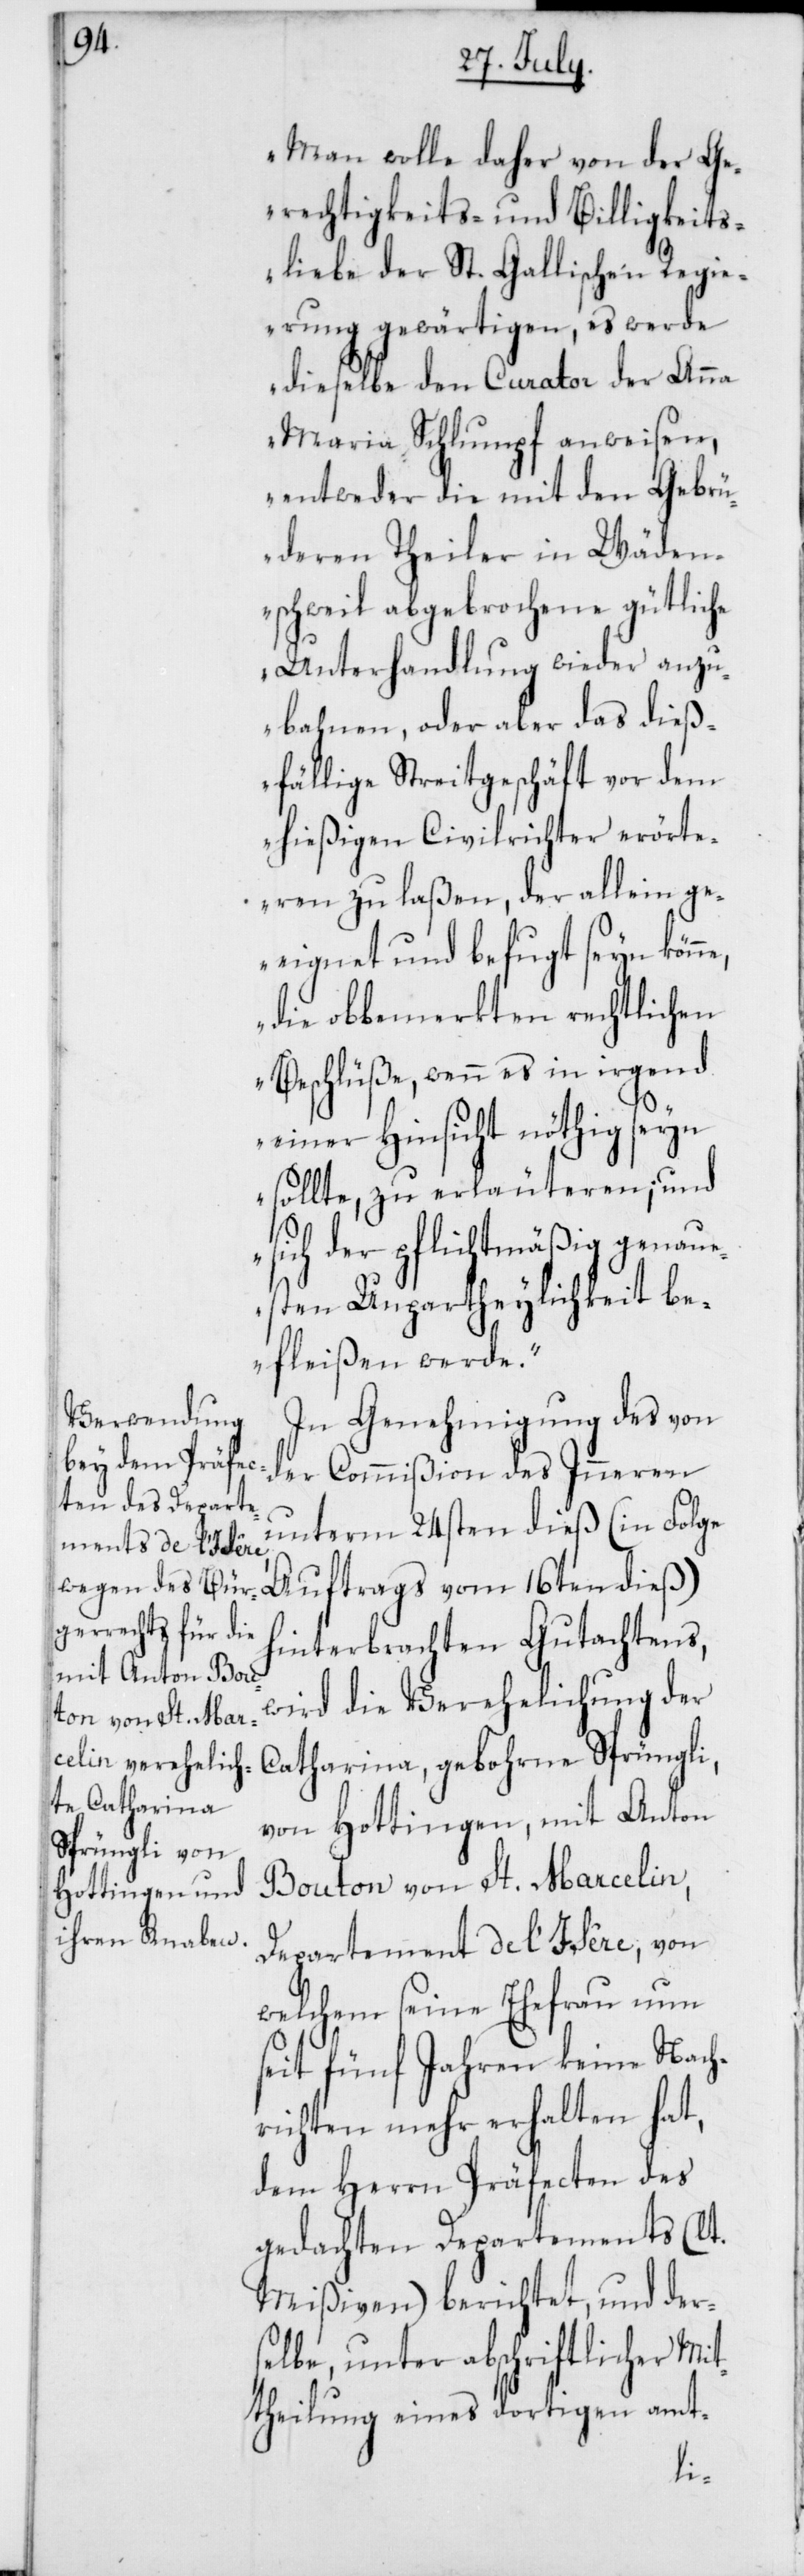
Man wolle daher von der Ge¬
rechtigkeits- und Billigkeits¬
liebe der St. Gallischen Regi¬
erung gewärtigen, es werde
dieselbe den Curator der Anna
Maria Schlumpf anweisen,
entweder die mit den Gebrü¬
deren Theiler in Wäden¬
schweil abgesprochene gütliche
Unterhandlung wieder anzu¬
bahnen, oder aber das dieß¬
fällige Streitgeschäft vor dem
hießigen Civilrichter erörte¬
ren zu laßen, der allein ge¬
eignet und befugt seyn könne,
die obbemerkten rechtlichen
Beschlüße, wenn es in irgend
einer Hinsicht nöthig seyn
sollte, zu erläuteren; und
sich der pflichtmäßig genaue¬
sten Unpartheylichkeit be¬
fleißen werde.“
In Genehmigung des von
der Commißion des Inneren
unterm 24sten dieß (in Folge
Auftrags vom 16ten dieß)
hinterbrachten Gutachtens,
wird die Verehelichung der
Catharina, gebohrne Sprüngli,
von Hottingen, mit Anton
Bouton von St. Marcelin,
Departement de l’Isère, von
welchem seine Ehefrau nun
seit fünf Jahren keine Nach¬
richten mehr erhalten hat,
dem Herrn Präfecten des
gedachten Departements (lt.
Mißiven) berichtet, und der¬
selbe unter abschriftlicher Mit¬
theilung eines dortigen amt-